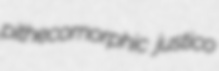
pithecomorphic justico